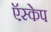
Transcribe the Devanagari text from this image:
ऍस्केप